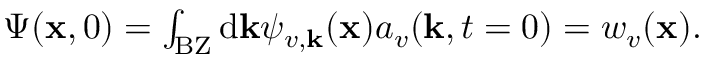
\begin{array} { r } { \Psi ( \mathbf { x } , 0 ) = \int _ { \mathrm { B Z } } \mathrm { d } \mathbf { k } \psi _ { v , \mathbf { k } } ( \mathbf { x } ) a _ { v } ( \mathbf { k } , t = 0 ) = w _ { v } ( \mathbf { x } ) . } \end{array}